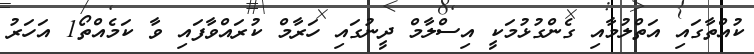
ކުއްތާގައި އަތްލުމާއި ގެންގުޅުމަކީ އިސްލާމް ދީނުގައި ހަރާމް ކުރައްވާފައި ވާ ކަމެއްތޯ1 އަހަރު